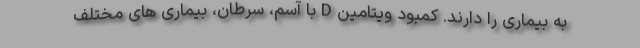
به بیماری را دارند. کمبود ویتامین D با آسم، سرطان، بیماری های مختلف